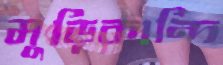
মুড়িকান্দি